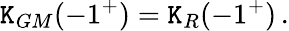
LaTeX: \mathtt{K}_{GM}(-1^{+})=\mathtt{K}_{R}(-1^{+})\, .